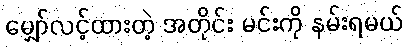
မျှော်လင့်ထားတဲ့ အတိုင်း မင်းကို နမ်းရမယ်